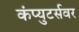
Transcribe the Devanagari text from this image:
कंप्युटर्सवर